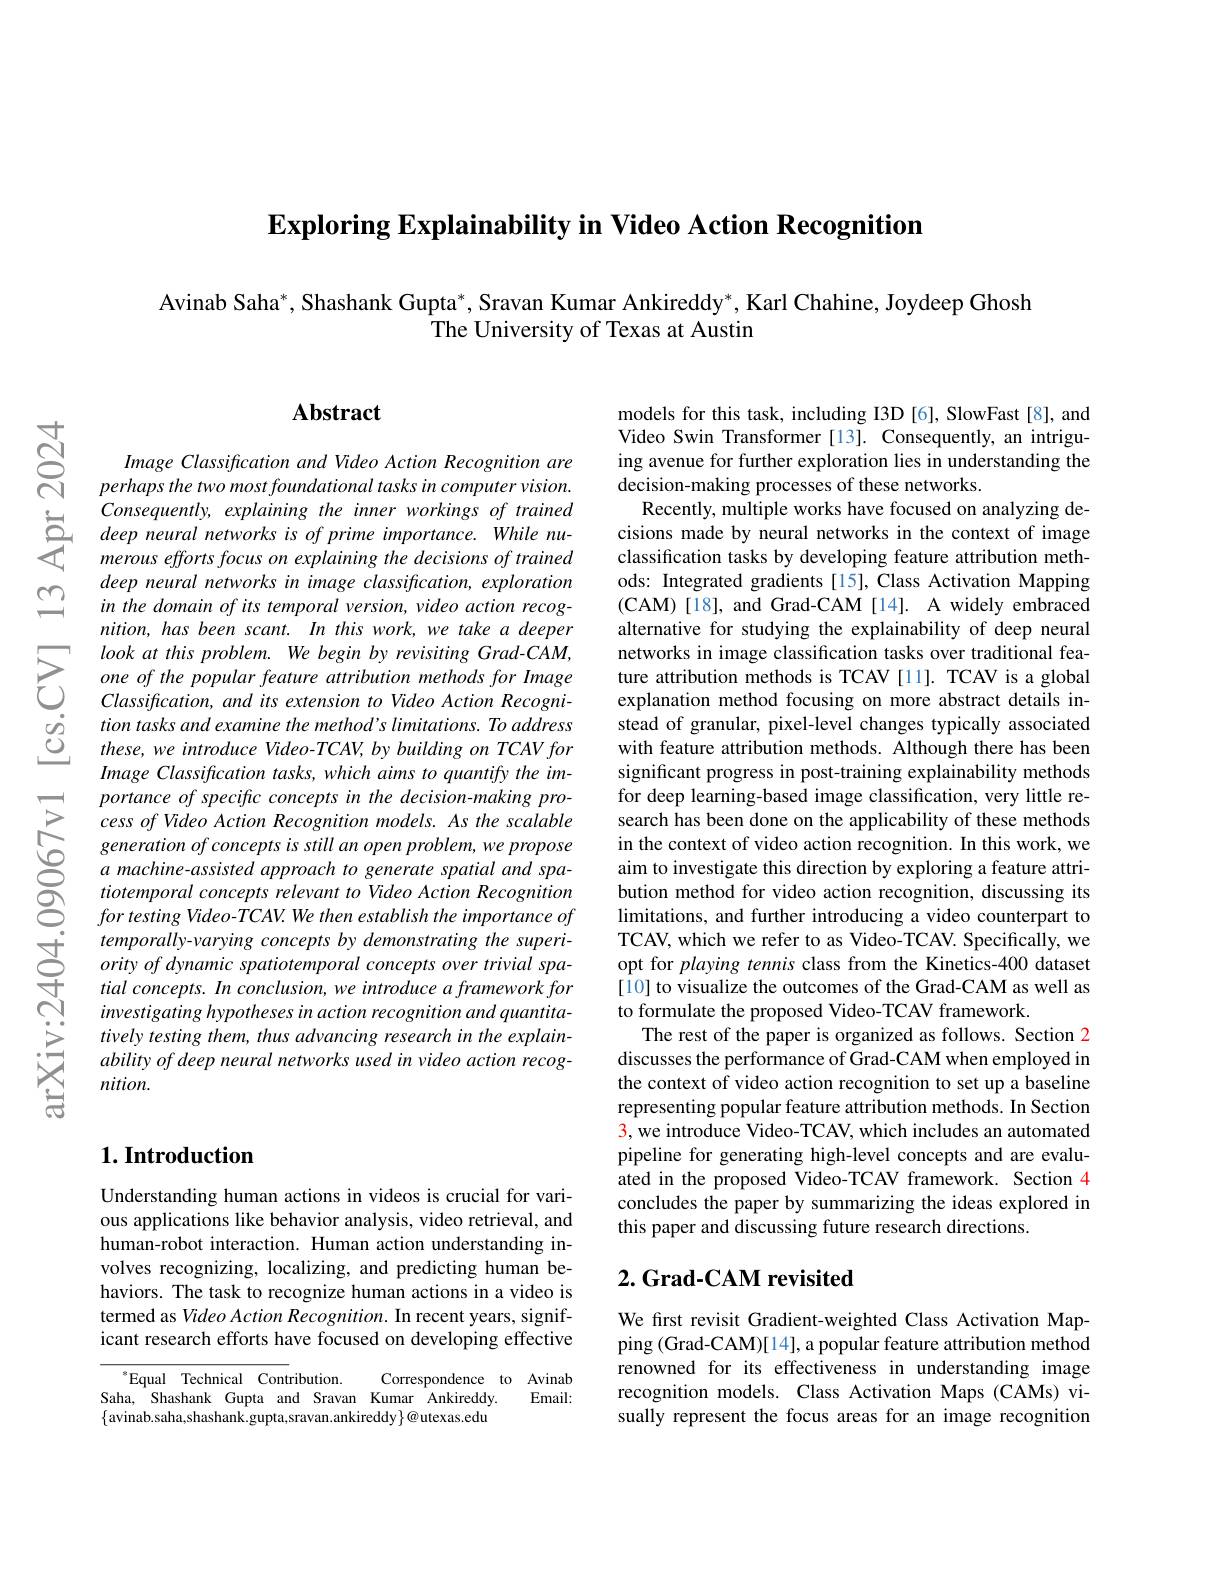
$\textbf{Exploring Explainability i}$

Avinab Saha*, Shashank Gupta*, Sravan Kumar Ankireddy*, Karl Chahine, Joydeep Ghosh
The University of Texas at A

$ഇ$

$હું$

### $\mathbf{Abstract}$

Image Classification and Video Action Recognition are perhaps the two most foundational tasks in computer vision. Consequently, explaining the
deep neural networks in image classification, exploration in the domain of its temporal version, video action recognition, has been scant. In this work, we take a deeper
$\sum_{\begin{array}{ccc}&look&at&this&prob\end{array}}$ $\begin{array}{ccc}\dot{O}&tion\:tasks\:and\:examine\:the\:method's\:\end{array}$
Image Classification tasks, portance of specific concepts in the decision-making process of Video Action Recognition models. As the scalable generation of concepts is still an open problem, we propose a machine-assisted approach to generate spatial and spatiotemporal concepts relevant to Video Action Recognition for testing Video-TCAV. We t
$\begin{array}{lll}&\text{temporally-varying concepts by demonstrating the superi-}\\\textcircled$
investigating hypotheses in action recognition and quantitatively testing them, thus advancing research in the explainability of deep neural networks used in video action recognition.

### $1. \textbf{Introduction}$

Understanding human actions in videos is crucial for various applications like behavior analysis, video retrieval, and human-robot interaction. Human action understanding involves recognizing, localizing, and predicting human behaviors. The task to recognize human actions in a video is termed as Video Action Recognition. In recent years, significant research efforts have focused on developing effective

Correspondence to Avinab
$^{*}$Equal Technical Contri
Saha, Shashank Gupta and Sravan Kumar Ankireddy
Email:
$\{$avinab.saha,shashank.gupta,sravan.ankireddy$\}@$utexas.edu

models for this task, including I3D [6], SlowFast[8], and Video Swin Transformer [13]. Consequently, an intriguing avenue for further exploration lies in understanding the decision-making processes of these networks.
Recently, multiple works hav cisions made by neural networks in the context of image classification tasks by developing feature attribution methods: Integrated gradients [15], Class Activation Mapping (CAM)[18], and Grad-CAM[14]. A widely embraced alternative for studying the explainability of deep neural networks in image classification tasks over traditional feature attribution methods is TCAV [11]. TCAV is a global explanation method focusing on more abstract details instead of granular, pixel-level changes typically associated with feature attribution met significant progress in post-training explainability methods for deep learning-based image classification, very little research has been done on the applicability of these methods in the context of video action recognition. In this work, we aim to investigate this direction by exploring a feature attribution method for video action recognition, discussing its limitations, and further introducing a video counterpart to TCAV, which we refer to as Video-TCAV. Specifically, we opt for playing tennis class from the Kinetics-400 dataset [10] to visualize the outcomes of the Grad-CAM as well as to formulate the proposed Video-TCAV framework.
The rest of the paper is organized as follows. Section 2 discusses the performance of Grad-CAM when employed in the context of video action representing popular feature attribution methods. In Section 3, we introduce Video-TCAV, which includes an automated pipeline for generating high-level concepts and are evaluated in the proposed Video-TCAV framework. Section 4 concludes the paper by summarizing the ideas explored in this paper and discussing future research directions.

### $2. \textbf{Grad- CAM revisited}$

We first revisit Gradient-we ping (Grad-CAM)[14], a popul renowned for its effectiveness in understanding image recognition models. Class Activation Maps (CAMs) visually represent the focus areas for an image recognition